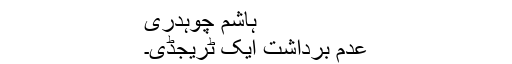
ہاشم چوہدری
عدم برداشت ایک ٹریجڈی۔